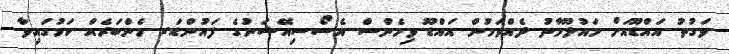
ވަގުތު އައްޑޫއަށް މައުލޫމާތު ދެއްވަމުން އައްޑޫ ވިމެންސް އެސޯސިއޭޝަނުގެ ފައުންޑަރ މެންބަރެއް ކަމުގައިވާ